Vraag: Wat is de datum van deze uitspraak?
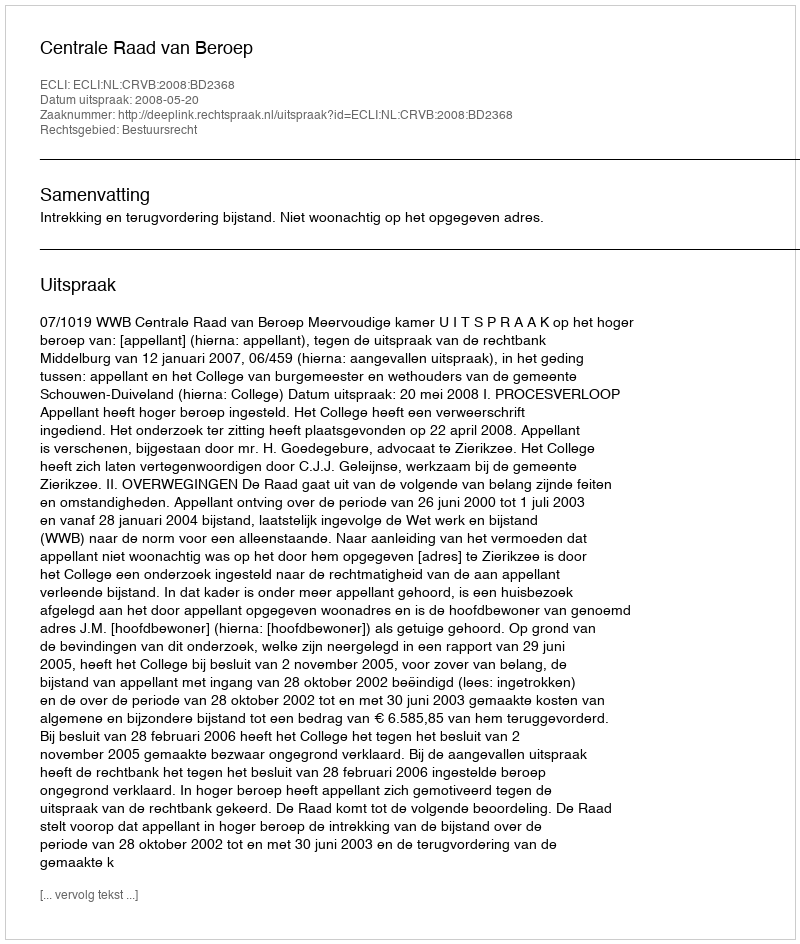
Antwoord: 2008-05-20